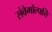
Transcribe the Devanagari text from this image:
संवेगोत्पत्ति